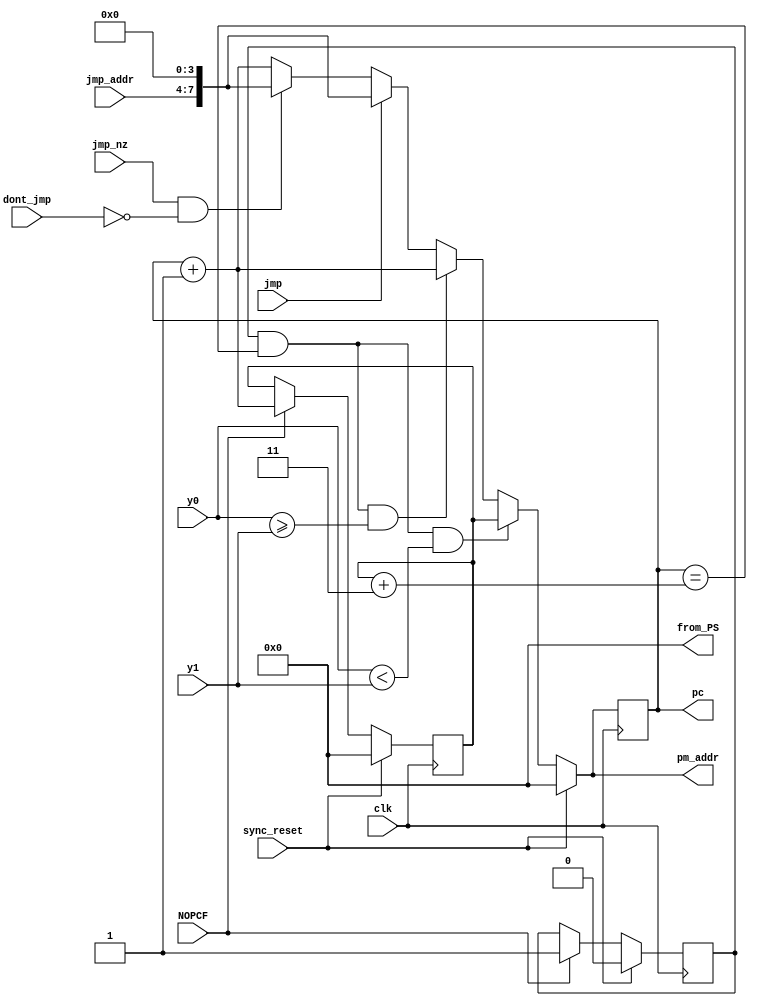
module program_sequencer_Q8(clk, sync_reset, pm_addr, jmp, jmp_nz, jmp_addr, dont_jmp, 
								pc, from_PS, y0, y1, NOPCF);
input clk, sync_reset, jmp,jmp_nz, dont_jmp, NOPCF;
input [3:0] jmp_addr, y0, y1;
output reg [7:0] pc, pm_addr, from_PS;

reg loop;
reg [7:0] start_addr, end_addr;

always @ (posedge clk)
if (sync_reset)
	loop = 1'b0;
else if (NOPCF)
	loop = 1'b1;
else
	loop = loop;

always @ (posedge clk)
if (sync_reset)
	start_addr = 8'd0;
else if (NOPCF)
	start_addr = pc + 8'd1;
else
	start_addr = start_addr;

always @ *
end_addr = start_addr + 8'h3;
	
always @ *
from_PS = 8'h0;

always @ (posedge clk)
pc <= pm_addr;

always @ *
if (sync_reset == 1'b1)
	pm_addr <= 8'h00;
else if ((loop == 1'b1) && (pc == end_addr) && (y0 < y1))
	pm_addr <= start_addr;
else if ((loop == 1'b1) && (pc == end_addr) && (y0 >= y1))
	pm_addr <= pc + 8'd1;
else if (jmp == 1'b1)
	pm_addr <= {jmp_addr,4'h0};
else if ((jmp_nz == 1'b1) && (dont_jmp == 1'b0))
	pm_addr <= {jmp_addr,4'h0};
else
	pm_addr <= pc + 8'b1;

endmodule